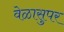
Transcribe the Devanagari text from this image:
वेळासुपर